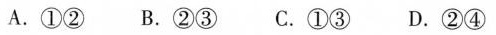
A.①② B.②③ C.①③ D.②④